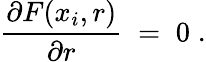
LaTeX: {\frac{\partial F(x_{i},r)}{\partial r}}\; =\; 0\; .